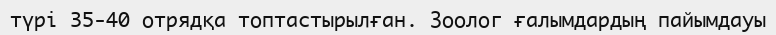
түрі 35-40 отрядқа топтастырылған. Зоолог ғалымдардың пайымдауы